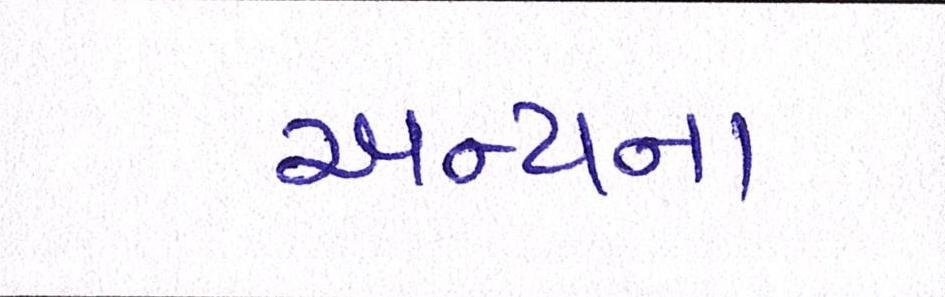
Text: અન્યના